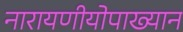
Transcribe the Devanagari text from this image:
नारायणीयोपाख्यान